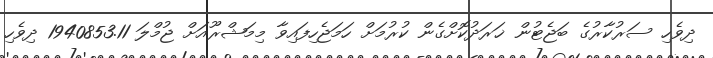
ދިވެހި ސަރުކާރުގެ ބަޖެޓުން ޚަރަދުކޮށްގެން ކުރުމަށް ހަމަޖެހިފައިވާ މިމަޝްރޫއަށް ޖުމްލަ 1940853.11 ދިވެހި